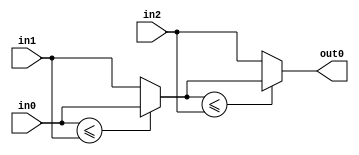
module velocityControlHdl_MinMax
          (
           in0,
           in1,
           in2,
           out0
          );


  input   signed [17:0] in0;  // sfix18_En12
  input   signed [17:0] in1;  // sfix18_En12
  input   signed [17:0] in2;  // sfix18_En12
  output  signed [17:0] out0;  // sfix18_En12


  wire signed [17:0] MinMax_muxout [0:2];  // sfix18_En12 [3]
  wire signed [17:0] MinMax_stage1_val [0:1];  // sfix18_En12 [2]
  wire signed [17:0] MinMax_stage2_val;  // sfix18_En12


  assign MinMax_muxout[0] = in0;
  assign MinMax_muxout[1] = in1;
  assign MinMax_muxout[2] = in2;

  // ---- Tree min implementation ----
  // ---- Tree min stage 1 ----
  assign MinMax_stage1_val[0] = (MinMax_muxout[0] <= MinMax_muxout[1] ? MinMax_muxout[0] :
              MinMax_muxout[1]);
  assign MinMax_stage1_val[1] = MinMax_muxout[2];



  // ---- Tree min stage 2 ----
  assign MinMax_stage2_val = (MinMax_stage1_val[0] <= MinMax_stage1_val[1] ? MinMax_stage1_val[0] :
              MinMax_stage1_val[1]);



  assign out0 = MinMax_stage2_val;

endmodule